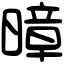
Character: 暲